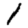
Digit: 1